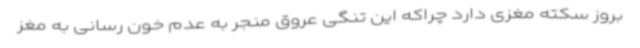
بروز سکته مغزی دارد چراکه این تنگی عروق منجر به عدم خون رسانی به مغز